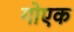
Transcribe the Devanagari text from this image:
गोएक